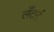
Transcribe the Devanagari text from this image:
लँटर्न